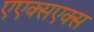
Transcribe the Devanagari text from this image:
एएक्सएक्स